Vital statistics of India. Vol. VI, European troops 1870-79
Year: 1870
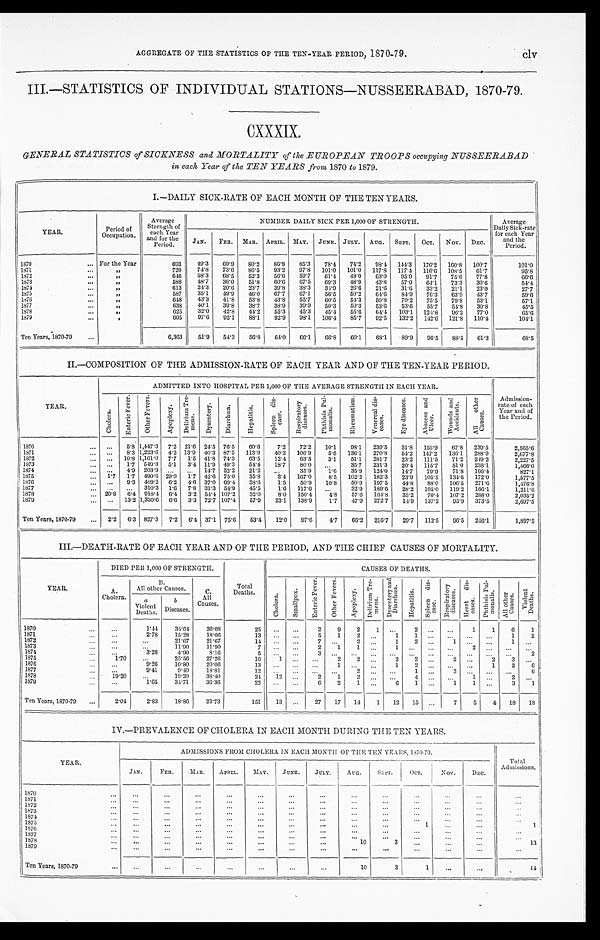
AGGREGATE OF THE STATISTICS OF THE TEN-YEAR PERIOD, 1870-79.
III.—STATISTICS OF INDIVIDUAL STATIONS—NUSSEERABAD, 1870-79.
CXXXIX.
GENERAL STATISTICS of SICKNESS and MORTALITY of the EUROPEAN TROOPS occupying NUSSEERABAD
in each Year of the TEN YEARS from 1870 to 1879.
I.—DAILY SICK-RATE OF EACH MONTH OF THE TEN YEARS.
YEAR.
Period of
Occupation.
Average
Strength of
each Year
and for the
Period.
NUMBER DAILY SICK PER 1,000 OF STRENGTH.
Average
Daily Sick-rate
for each Year
and the
Period.
JAN. FEB. MAR. APRIL. MAY. JUNE. JULY. AUG. SEPT. OCT. NOV. DEC.
1870
For the Year
693 49. 3
69. 9
80.2 86. 8
85. 3
78. 4
74. 2 98.4 1 4 4 . 3
176. 2 160. 8 100. 7
101.0
1871
„
7 2 0
74. 8
73.6 86.5 93.2 97. 8 101.0 101.0 117.8 117. 4 116. 6 108.5 61.7
9 5 . 8
1872
„
6 4 6
58.3 6 8 . 5
52.3 5 6 . 6
59.7 61.4 48. 0
63.0 9 5 . 0
91.7 75.6 77.8
6 6 . 6
1873
„
588 48.7 36. 0
51.8 60. 6
67.5 69.3 48. 9 43.8 57.0 64.1 73.3 30.6
54.4
1874
„
613 24. 3
20. 6
23.7 39.8 38. 3
3 4 . 9
26.6 21. 6
31. 6
3 3 . 2
21.1 23. 0
27.7
1875
„
587 35.1 4 9 . 9
46. 0
67.7 67.1 56.5 5 0 . 2
6 4 . 6
84. 9
76. 3
63. 9
43. 7
59.6
1876
„
648 43. 3
41.8 53. 8
43. 8
55. 7
60.5 54. 3
50.8 70.2 75. 5
79. 8
53.1
57.1
1 8 7 7
„
638 40.1 39. 8
38.7 38.9 3 9 . 9
50. 3
50. 3
53. 6
53.6 55. 7
5 4 . 8
30.8
45.5
1878
„
625 32. 0 42. 8
4 4 . 2
55.3 45.3 45. 4
55.6 64. 4 103.1 124. 8
96. 2
77. 0
65.6
1879
, ,
605 97.6 92. 1
88.1 92. 9
98.1 106. 4
85.7 92. 5 132. 2 1 4 2 . 6
121.8 110. 4
104.1
Ten Years, 1870-79
6,363 51.9 54.3 56. 8
6 4 . 0
66.1 6 6 . 8
60.1 68. 1
89.9 96.5 88.5 61.3
68.5
II.—COMPOSITION OF THE ADMISSION-RATE OF EACH YEAR AND OF THE TEN-YEAR PERIOD.
YEAR.
ADMITTED INTO HOSPITAL PER 1,000 OF THE AVERAGE STRENGTH IN EACH YEAR.
Admission-
rate of each
Year and of
the Period.
C h o l e r a .
E n t e r i c F e v e r .
O t h e r F e v e r s .
A p o p l e x y .
D e l i r i u m T r e -
m e n s .
D y s e n t e r y .
D i a r r h œ a .
H e p a t i t i s .
S p l e e n d i s -
e a s e .
R e s p i r a t o r y
d i s e a s e s .
P h t h i s i s P u l -
m o n a l i s .
R h e u m a t i s m .
V e n e r e a l d i s -
e a s e s .
E y e d i s e a s e s .
A b s c e s s a n d
U l c e r .
W o u n d s a n d
A c c i d e n t s .
A l l o t h e r
C a u s e s .
1870
5. 8 1,447.3 7. 2 21.6 24. 5 76. 5
60. 6
7.2 72.2 10. 1
98. 1 239.5 31.8 155. 9
67. 8 239.5
2, 565. 6
1 8 7 1
8. 3 1,223.6 4. 2 13.9 40. 3 87.5 113. 9
40. 3 106. 9
5. 6 136.1 270. 8
54. 2 147.2 136. 1 288.9
2,677.8
1872
10. 8 1,161.0 7.7 1.5 41.8 74.3 63.5 1 2 . 4
63.5 3.1 51.1 281.7 23. 2 111.5 71.2 249.2
2,227.5
1873
1.7 549.3 5.1 3. 4 11.9 49. 3
5 4 . 4
18.7 80. 0
35. 7 231.3 20. 4 115. 7
51. 0 238.1
1, 466. 0
1874
4. 9 203.9
14. 7 52. 2
21.2
3 5 . 9
1.6 35. 9 124. 0
14. 7
7 9 . 9
71.8 166. 4
827.1
1875
1.7 1.7 490.6 2 9 . 0
1.7 42. 6 75. 0
35. 8
3. 4 167. 0
8.5 102. 2 182. 3
23. 9 105.5 134. 6
172. 0
1,577.5
1876
9.3 489. 2 6. 2 4. 6 37. 0 6 9 . 4
38. 6
1 . 5
50. 9
10. 8
50. 9 197.5 44. 8
88. 0 106. 5
271.6
1, 476. 8
1 8 7 7
310. 3 1 . 6 7.8 31.3 54. 9
45.5 1.6 117.6
32. 9 189. 6
28. 2 105. 0 119. 2 166.1
1,211.6
1878
20. 8 6. 4 918. 4
6. 4 3.2 5 4 . 4 107.2 3 2 . 0
8. 0 150. 4
4. 8
57. 6 164. 8
35.2 70. 4 107. 2 288. 0
2,035.2
1879
13.2 1, 330. 6 6. 6 3.3 72. 7 107.4 57.9 23.1 138. 9
1.7 47. 9 272. 7
1 4 . 9
137.2 95. 9 373.5
2,697.5
Ten Years, 1870-79
2. 2 6. 3 827. 3 7. 2 6. 4 37. 1 75.6 53. 4
12. 0
97.6 4. 7
66.2 216. 7
29.7 112. 5 96.5 2 4 6 . 1
1,897.5
III.—DEATH-RATE OF EACH YEAR AND OF THE PERIOD, AND THE CHIEF CAUSES OF MORTALITY.
YEAR.
DIED PER 1,000 OF STRENGTH.
Total
Deaths.
CAUSES OF DEATHS.
A.
Cholera.
B .
All other Causes.
C.
All
Causes.
C h o l e r a . S m a l l p o x .
E n t e r i c F e v e r .
O t h e r F e v e r s .
A p o p l e x y .
D e l i r i u m T r e -
m e n s . D y s e n t e r y a n d
D i a r r h œ a .
H e p a t i t i s .
S p l e e n d i s -
e a s e .
R e s p i r a t o r y
d i s e a s e s .
H e a r t d i s -
e a s e s .
P h t h i s i s P u l -
m o n a l i s .
A l l o t h e r
C a u s e s .
V i o l e n t
D e a t h s .
a
Violent Deaths.
b
Diseases.
1870
1. 44
34. 64
36. 08
25
2 9 2 1
2
1 1 6 1
1871
2.78 15.28
18. 06 1 3
5 1 2
1 1
1 2
1872
21.67 21.67
14
7
2
1 2
1
1
1 8 7 3
11. 90
11.90
7
2 1 1
1
2
1874
3.26
4 . 9 0
8.16 5
3
2
1875
1.70
25.56 27.26
16
1
2 2
2 2
2
2
3
1876
9 . 2 6
10. 80
20.06 1 3
1
1 2
1
2 6
1877
9.41
9 . 4 0
18.81 1 2
2
1
3
6
1878
19.20
19.20 38. 40
24 12
2 1 2
4
1
2
1879
1.65 3 4 . 7 1
36. 36
22
6 2 1
6 1
1 1
3 1
Ten Years, 1870-79
2 . 0 4
2.83 18. 86
23.73
151 13
27 17 14 1 12 15
7 5 4 18 18
IV.—PREVALENCE OF CHOLERA IN EACH MONTH DURING THE TEN YEARS.
YEAR.
ADMISSIONS FROM CHOLERA IN EACH_ MONTH OF THE TEN YEARS, 1870-79.
Total
Admissions.
JAN.
FEB. MAR. APRIL. MAY.
JUNE. JULY. AUG. SEP. OCT.
NOV.
DEC.
1870
1871 1872 1873
1874 1875
1
1
1876 1877 1878
10
3
13
1 8 7 9
Ten Years, 1870-79
10
3
1
14
c l v